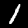
Digit: 1